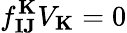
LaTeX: f_{\mathbf{IJ}}^{\mathbf{K}}V_{\mathbf{K}}=0